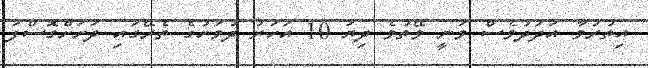
އިތުރުވާ އަދަދުވެސް ވަނީ ވޭތުވެ ދިޔަ 10 އަހަރު ދުވަހުގެ ތެރޭގައި ދަށަށްގޮސްފަ